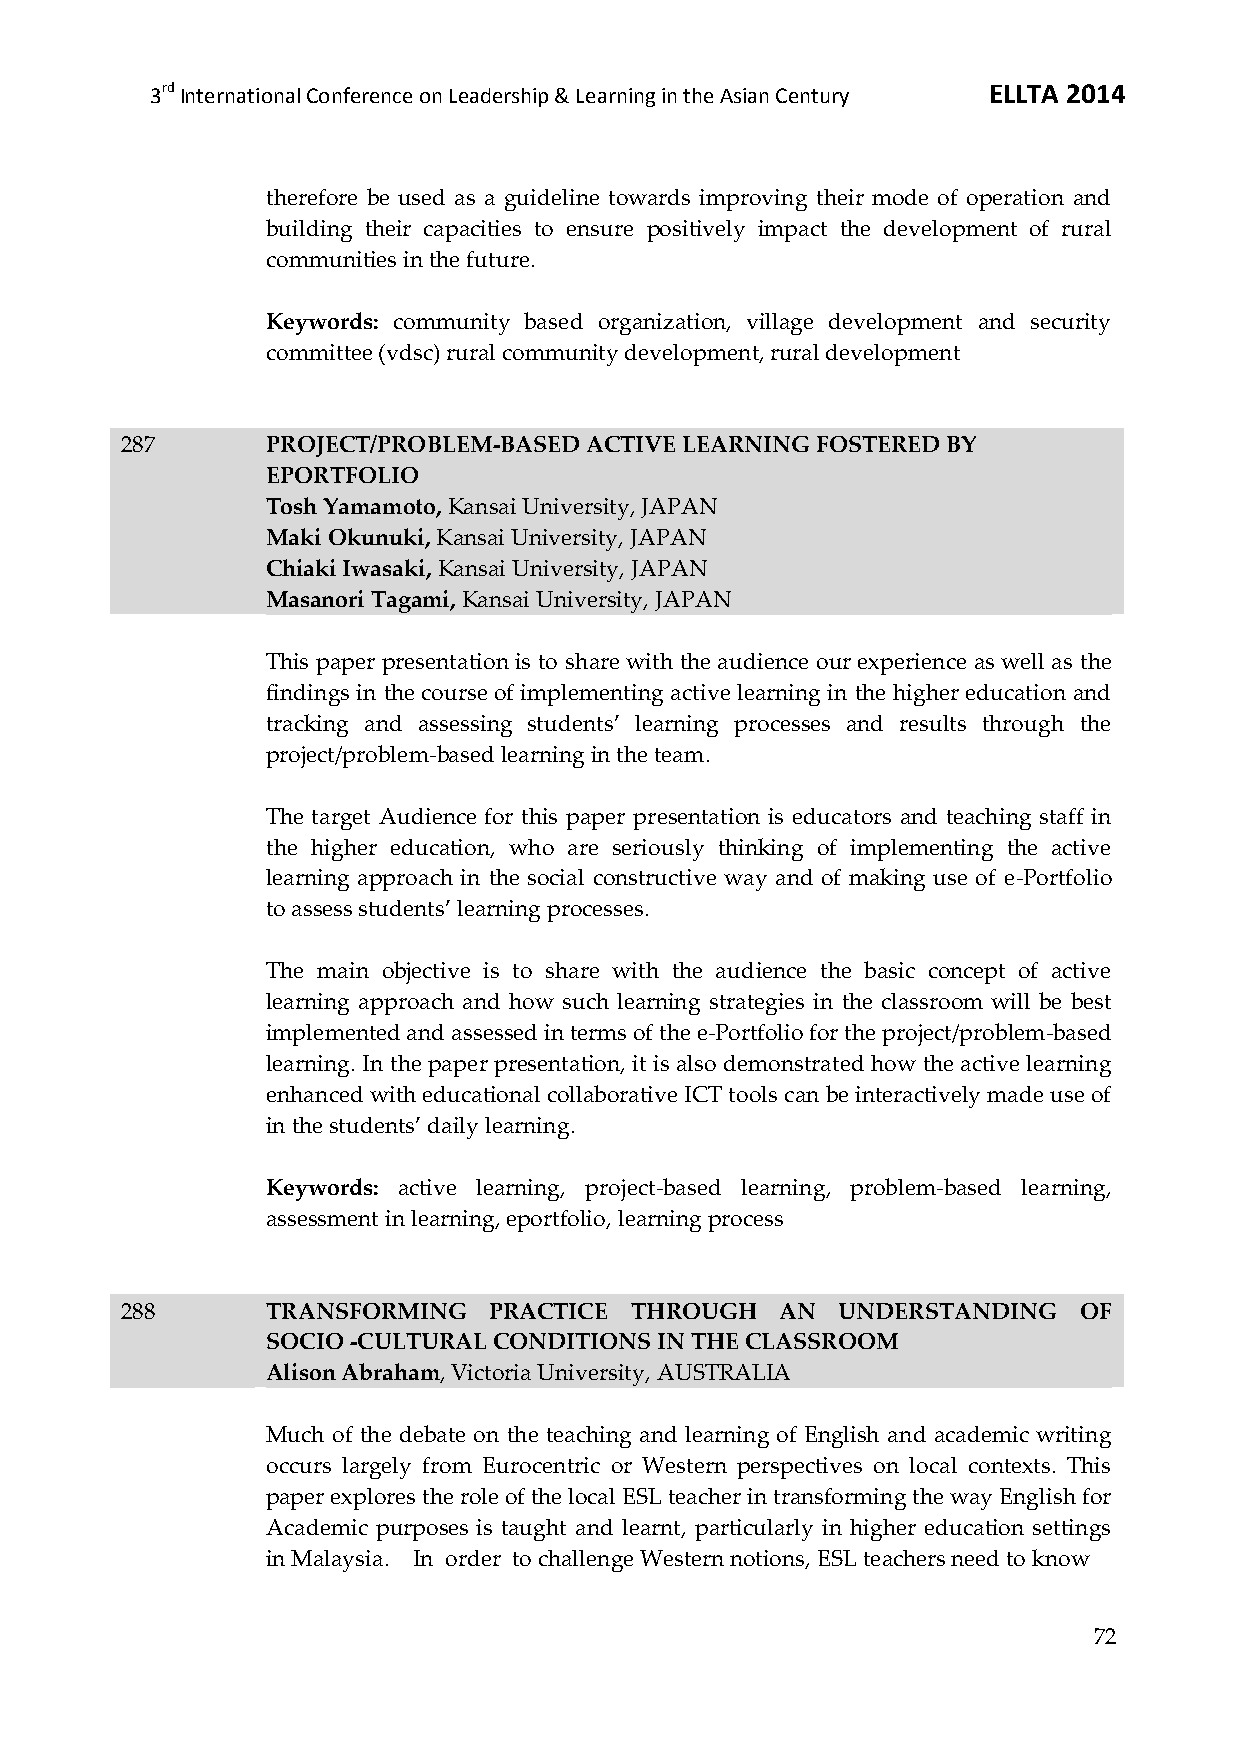
3rd International Conference on Leadership & Learning in the Asian Century ELLTA 2014
 therefore be used as a guideline towards improving their mode of operation and
 building their capacities to ensure positively impact the development of rural
 communities in the future.
 Keywords: community based organization, village development and security
 committee (vdsc) rural community development, rural development
 287       PROJECT/PROBLEM-BASED ACTIVE LEARNING FOSTERED BY
 EPORTFOLIO
 Tosh Yamamoto, Kansai University, JAPAN
 Maki Okunuki, Kansai University, JAPAN
 Chiaki Iwasaki, Kansai University, JAPAN
 Masanori Tagami, Kansai University, JAPAN
 This paper presentation is to share with the audience our experience as well as the
 findings in the course of implementing active learning in the higher education and
 tracking and assessing students’ learning processes and results through the
 project/problem-based learning in the team.
 The target Audience for this paper presentation is educators and teaching staff in
 the higher education, who are seriously thinking of implementing the active
 learning approach in the social constructive way and of making use of e-Portfolio
 to assess students’ learning processes.
 The main objective is to share with the audience the basic concept of active
 learning approach and how such learning strategies in the classroom will be best
 implemented and assessed in terms of the e-Portfolio for the project/problem-based
 learning. In the paper presentation, it is also demonstrated how the active learning
 enhanced with educational collaborative ICT tools can be interactively made use of
 in the students’ daily learning.
 Keywords: active learning, project-based learning, problem-based learning,
 assessment in learning, eportfolio, learning process
 288       TRANSFORMING  PRACTICE  THROUGH   AN UNDERSTANDING   OF
 SOCIO -CULTURAL CONDITIONS IN THE CLASSROOM
 Alison Abraham, Victoria University, AUSTRALIA
 Much of the debate on the teaching and learning of English and academic writing
 occurs largely from Eurocentric or Western perspectives on local contexts. This
 paper explores the role of the local ESL teacher in transforming the way English for
 Academic purposes is taught and learnt, particularly in higher education settings
 in Malaysia. In order to challenge Western notions, ESL teachers need to know
 72